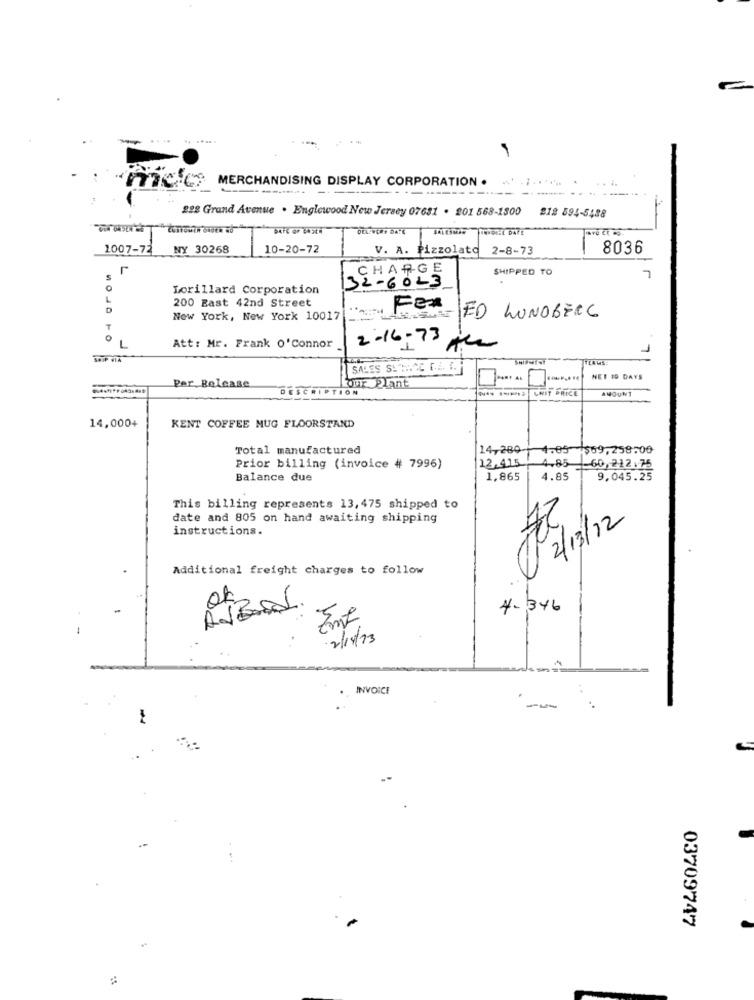
... .. .....
MERCHANDISING DISPLAY CORPORATION .
mco
228 Grand Avenue . Englewood New Jersey 07631 . 201 568-1300
212 594-5488
DELIVERY DATE FALESNON
INPOI-1 DATE
1007-72
NY 30268
10-20-72
V. A. Pizzolato 2-8-73
8036
CHARGE
SHIPPED TO
32-6023
0
Lorillard Corporation
L
200 East 42nd Street
D
FEX
New York, New York 10017
MED LUNDBERG
T
0
L
Att: Mr. Frank O'Connor
2-16-73 cm
7
NET 19 DAYS
Per Release
DESCRIPTION
our Plant
*** 1-2 UNIT PRICE
AMOUNT
14,000+
KENT COFFEE MUG FLOORSTAND
Total manufactured
14,289-
4.09 569, 258.00
12,415
Prior billing (invoice # 7996)
4.85 -60,212.75
Balance due
1,865
4.85
9.045.25
This billing represents 13,475 shipped to
date and 805 on hand awaiting shipping
2/13/12
instructions.
Additional freight charges to follow
PI
4-346
5
2/19/23
INVOICE
..
-
03709747